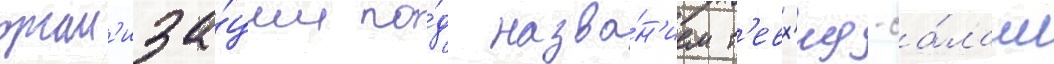
орган'иза́ции по́д назва́н'ием т'евх'ид-са́лам